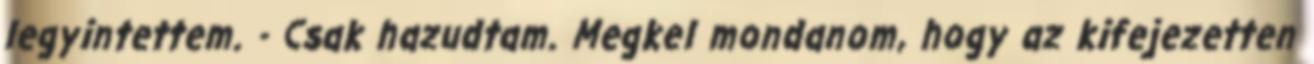
legyintettem. - Csak hazudtam. Megkel mondanom, hogy az kifejezetten